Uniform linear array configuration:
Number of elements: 8
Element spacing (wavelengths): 0.25
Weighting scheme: cosine
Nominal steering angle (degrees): -45
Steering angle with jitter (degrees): -46.407
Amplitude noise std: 0.05
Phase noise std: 0.05

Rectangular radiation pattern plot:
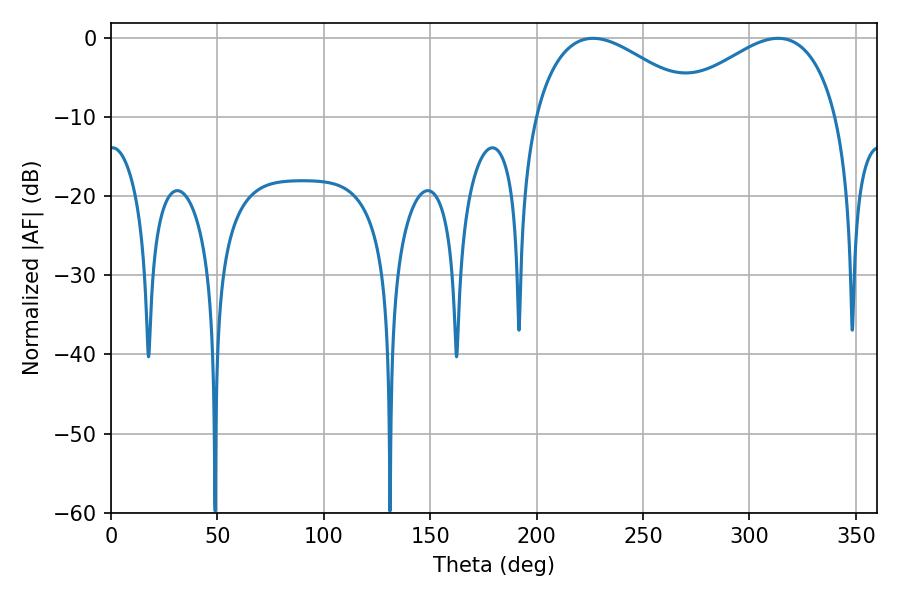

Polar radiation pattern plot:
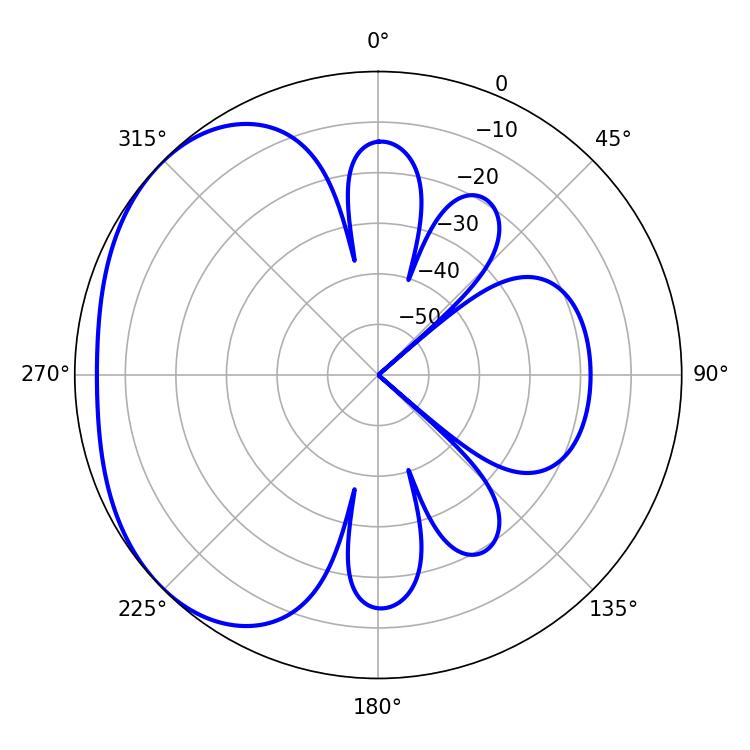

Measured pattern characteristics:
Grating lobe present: FALSE
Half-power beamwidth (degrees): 43.38
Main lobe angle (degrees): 226.62